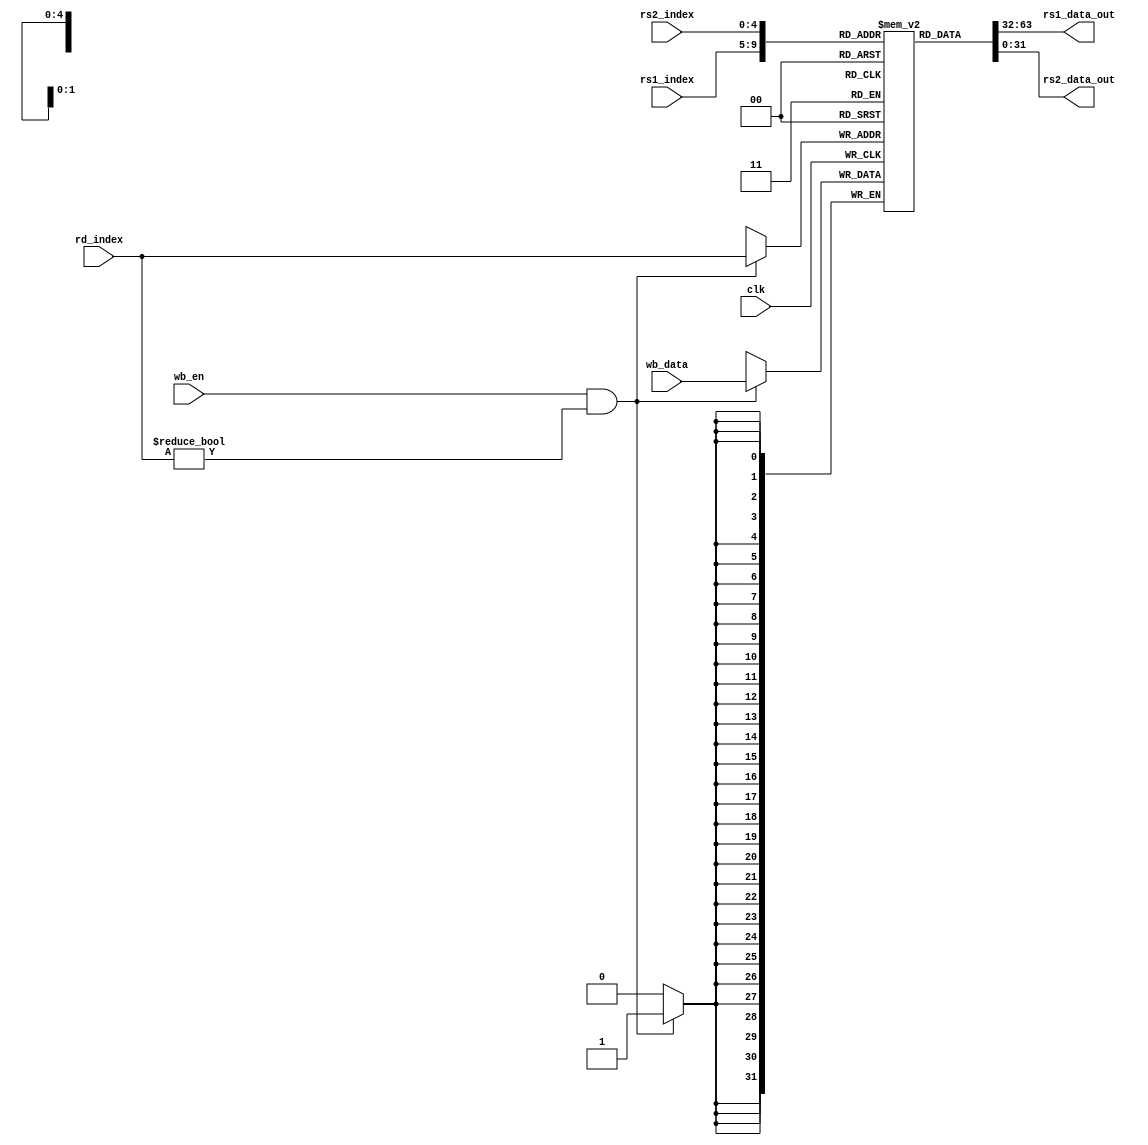
module RegFile ( 
    input clk, 
    input wb_en, 
    input [31:0] wb_data, 
    input [4:0] rd_index, 
    input [4:0] rs1_index, 
    input [4:0] rs2_index, 
    output [31:0] rs1_data_out, 
    output [31:0] rs2_data_out 
);
    
    reg [31:0] registers [0:31];

    // Read data from rs1 and rs2
    assign rs1_data_out = registers[rs1_index];
    assign rs2_data_out = registers[rs2_index];

    // Write back data to rd_index, but do not write if rd_index is x0
    always @(posedge clk) begin
        if (wb_en && rd_index != 5'b00000) begin
            registers[rd_index] <= wb_data;
        end
    end

endmodule